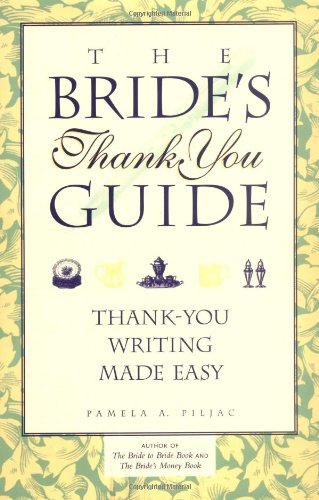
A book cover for The Bride's Thank You Guide: Thank-You Writing Made Easy; Pamela A. Piljac; Crafts, Hobbies & Home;